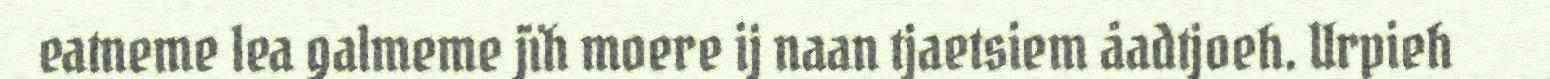
eatneme lea galmeme jïh moere ij naan tjaetsiem åadtjoeh. Urpieh